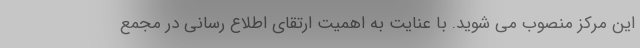
این مرکز منصوب می شوید. با عنایت به اهمیت ارتقای اطلاع رسانی در مجمع